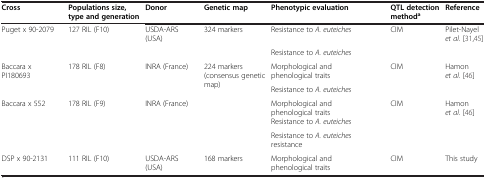
<table><thead><tr><td><b>Cross</b></td><td><b>Populations size, type and generation</b></td><td><b>Donor</b></td><td><b>Genetic map</b></td><td><b>Phenotypic evaluation</b></td><td><b>QTL detection method<sup>a</sup></b></td><td><b>Reference</b></td></tr></thead><tbody><tr><td>Puget x 90-2079</td><td>127 RIL (F10)</td><td>USDA-ARS (USA)</td><td>324 markers</td><td>Resistance to <i>A. euteiches</i></td><td>CIM</td><td>Pilet-Nayel <i>et al.</i>[31,45]</td></tr><tr><td> </td><td> </td><td> </td><td> </td><td>Resistance to <i>A. euteiches</i></td><td> </td><td> </td></tr><tr><td rowspan="2">Baccara x PI180693</td><td rowspan="2">178 RIL (F8)</td><td rowspan="2">INRA (France)</td><td rowspan="2">224 markers (consensus genetic map)</td><td>Morphological and phenological traits</td><td rowspan="2">CIM</td><td rowspan="2">Hamon <i>et al.</i>[46]</td></tr><tr><td>Resistance to <i>A. euteiches</i></td></tr><tr><td rowspan="2">Baccara x 552</td><td rowspan="2">178 RIL (F9)</td><td rowspan="2">INRA (France)</td><td rowspan="2"> </td><td>Morphological and phenological traits Resistance to <i>A. euteiches</i></td><td rowspan="2">CIM</td><td rowspan="2">Hamon <i>et al.</i>[46]</td></tr><tr><td>Resistance to <i>A. euteiches </i>resistance</td></tr><tr><td>DSP x 90-2131</td><td>111 RIL (F10)</td><td>USDA-ARS (USA)</td><td>168 markers</td><td>Morphological and phenological traits</td><td>CIM</td><td>This study</td></tr></tbody></table>